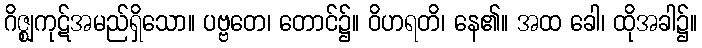
ဂိဇ္ဈကုဋ်အမည်ရှိသော။ ပဗ္ဗတေ၊ တောင်၌။ ဝိဟရတိ၊ နေ၏။ အထ ခေါ၊ ထိုအခါ၌။